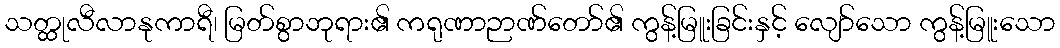
သတ္ထုလီလာနုကာရီ၊ မြတ်စွာဘုရား၏ ကရုဏာဉာဏ်တော်၏ ကွန့်မြူးခြင်းနှင့် လျော်သော ကွန့်မြူးသော